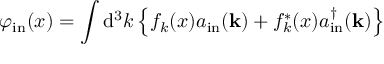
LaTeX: \varphi _ { \mathrm { i n } } ( x ) = \int \mathrm { d } ^ { 3 } k \left\{ f _ { k } ( x ) a _ { \mathrm { i n } } ( \mathbf { k } ) + f _ { k } ^ { * } ( x ) a _ { \mathrm { i n } } ^ { \dagger } ( \mathbf { k } ) \right\}